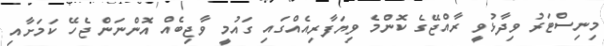
މިނިސްޓަރު ވިދާޅުވީ ރާއްޖޭގެ ކޮންމެ ވިޔަފާރިއެއްގައި ގައުމީ ވާޖިބެއް އޮންނަން ޖެހޭ ކަމަށާއި